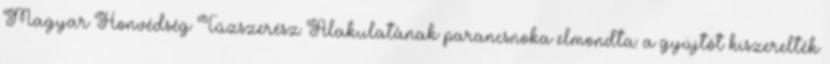
Magyar Honvédség Tűzszerész Alakulatának parancsnoka elmondta: a gyújtót kiszerelték